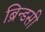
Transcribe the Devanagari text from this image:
ब्रिन्डसी